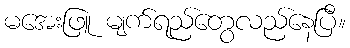
မအေးဖြူ မျက်ရည်တွေလည်နေပြီ။